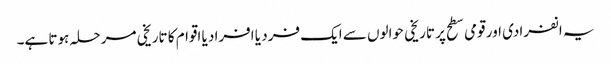
یہ انفرادی اور قومی سطح پر تاریخی حوالوں سے ایک فرد یا افراد یا اقوام کا تاریخی مرحلہ ہوتا ہے۔